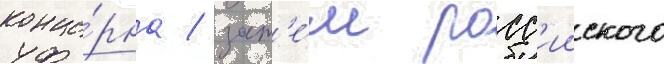
конце́рна / зат'е́м росс'ииского